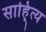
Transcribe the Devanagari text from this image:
साहि्त्य